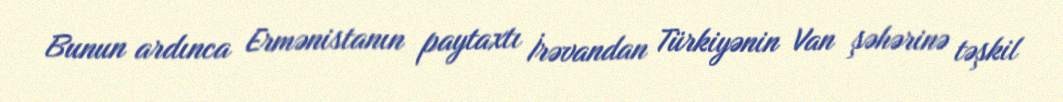
Bunun ardınca Ermənistanın paytaxtı İrəvandan Türkiyənin Van şəhərinə təşkil